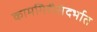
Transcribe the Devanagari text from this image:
कामगिरीसंदर्भात